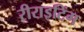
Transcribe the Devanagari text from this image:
रीराइटिंग